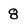
Character: 8